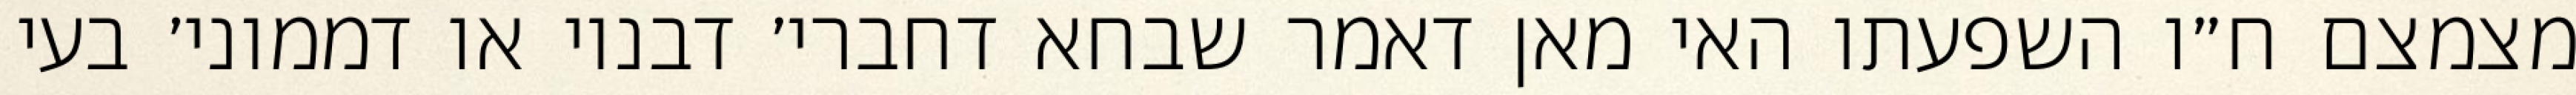
מצמצם ח״ו השפעתו האי מאן דאמר שבחא דחברי׳ דבנוי או דממוני׳ בעי